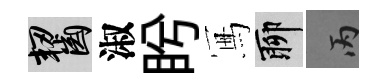
齧淑盻冩聊丙